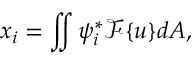
x _ { i } = \iint \psi _ { i } ^ { * } \mathcal { F } \{ u \} d A ,